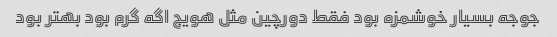
جوجه بسیار خوشمزه بود فقط دورچین مثل هویج اگه گرم بود بهتر بود